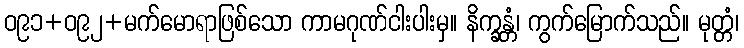
ဝ၉၁+ဝ၉၂+မက်မောရာဖြစ်သော ကာမဂုဏ်ငါးပါးမှ။ နိက္ခန္တံ၊ ကွက်မြောက်သည်။ မုတ္တံ၊